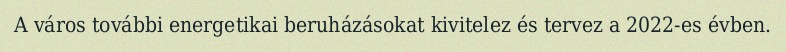
A város további energetikai beruházásokat kivitelez és tervez a 2022-es évben.